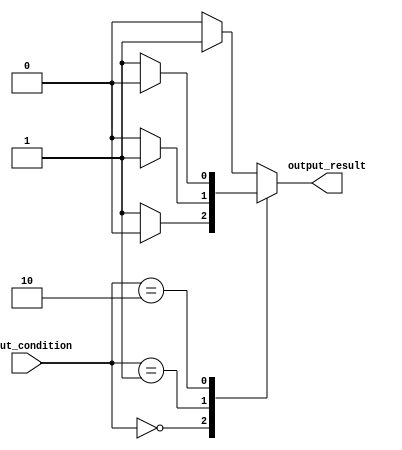
module behavioral_modeling (
    input wire [1:0] input_condition,
    output reg output_result
);

always @ (*) begin
    case(input_condition)
        2'b00: begin
            if (condition_1)
                output_result <= 1'b0;
            else
                output_result <= 1'b1;
        end
        2'b01: begin
            if (condition_2)
                output_result <= 1'b1;
            else
                output_result <= 1'b0;
        end
        2'b10: begin
            if (condition_3)
                output_result <= 1'b0;
            else
                output_result <= 1'b1;
        end
        default: begin
            if (condition_4)
                output_result <= 1'b1;
            else
                output_result <= 1'b0;
        end
    endcase
end

endmodule